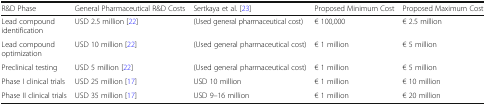
| R&D Phase | General Pharmaceutical R&D Costs | Sertkaya et al. [23] | Proposed Minimum Cost | Proposed Maximum Cost |
 | --- | --- | --- | --- | --- |
 | Lead compound identification | USD 2.5 million [22] | (Used general pharmaceutical cost) | € 100,000 | € 2.5 million |
 | Lead compound optimization | USD 10 million [22] | (Used general pharmaceutical cost) | € 1 million | € 5 million |
 | Preclinical testing | USD 5 million [22] | (Used general pharmaceutical cost) | € 1 million | € 5 million |
 | Phase I clinical trials | USD 25 million [17] | USD 10 million | € 1 million | € 10 million |
 | Phase II clinical trials | USD 35 million [17] | USD 9–16 million | € 1 million | € 20 million |